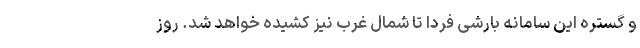
و گستره این سامانه بارشی فردا تا شمال غرب نیز کشیده خواهد شد. روز